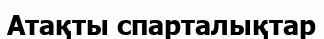
Атақты спарталықтар